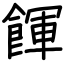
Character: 餫